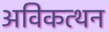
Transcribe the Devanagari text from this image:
अविकत्थन